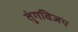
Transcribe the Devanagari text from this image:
तुंगविजय